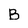
Character: B